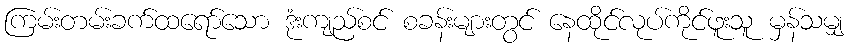
ကြမ်းတမ်းခက်ထရော်သော ဒုံးကျည်စင် စခန်းများတွင် နေထိုင်လုပ်ကိုင်ဖူးသူ မှန်သမျှ